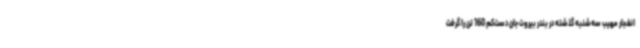
انفجار مهیب سه‌شنبه گذشته در بندر بیروت جان دست‌کم 160 تن را گرفت